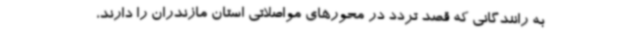
به رانندگانی که قصد تردد در محورهای مواصلاتی استان مازندران را دارند،